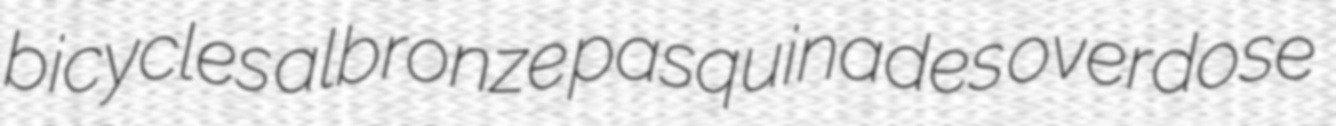
bicycles albronze pasquinades overdose